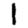
Digit: 1